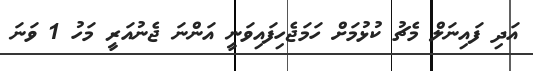
އަދި ފައިނަލް މެޗު ކުޅުމަށް ހަމަޖެހިފައިވަނީ އަންނަ ޖެނުއަރީ މަހު 1 ވަނަ